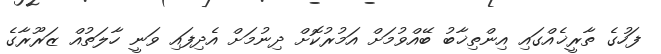
ފަހުގެ ތާރީޚެއްގައި އިންތިޚާބު ބޭއްވުމަށް އަމުރުކޮށް ދިނުމަށް އެދިފައި ވަނީ ހާލަތުއް ޒަރޫރާގެ